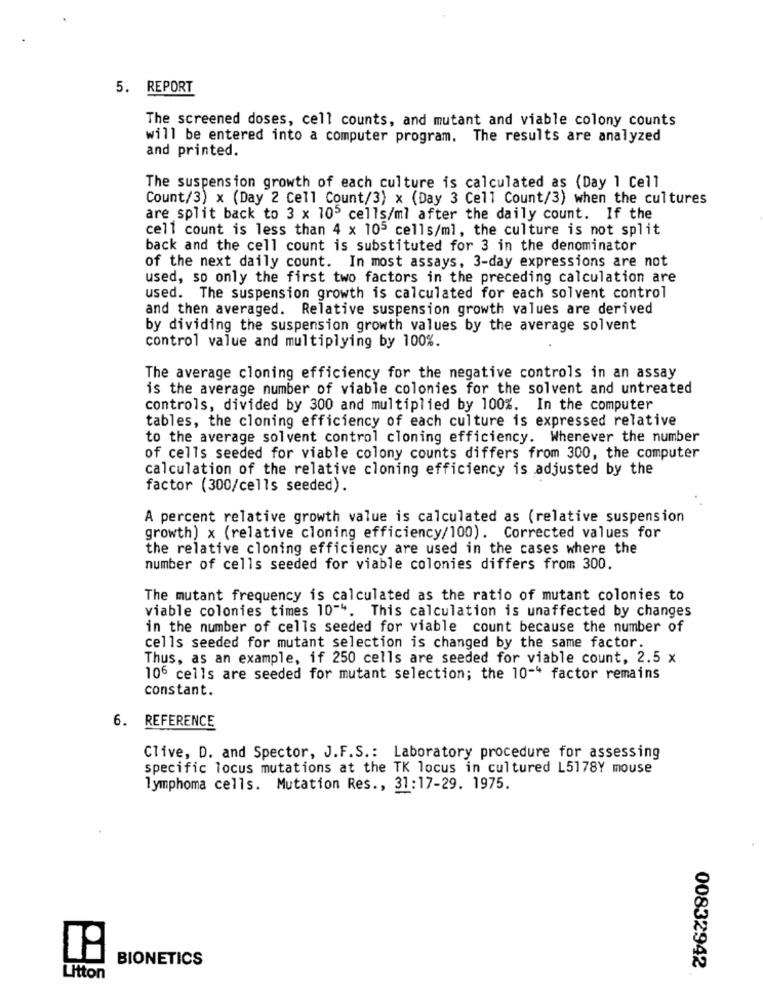
5. REPORT
The screened doses, cell counts, and mutant and viable colony counts
will be entered into a computer program. The results are analyzed
and printed.
The suspension growth of each culture is calculated as (Day 1 Cell
Count/3) x (Day 2 Cell Count/3) x (Day 3 Cell Count/3) when the cultures
are split back to 3 x 105 cells/ml after the daily count. If the
cell count is less than 4 x 105 cells/ml, the culture is not split
back and the cell count is substituted for 3 in the denominator
of the next daily count. In most assays, 3-day expressions are not
used, so only the first two factors in the preceding calculation are
used. The suspension growth is calculated for each solvent control
and then averaged. Relative suspension growth values are derived
by dividing the suspension growth values by the average solvent
control value and multiplying by 100%.
The average cloning efficiency for the negative controls in an assay
is the average number of viable colonies for the solvent and untreated
controls, divided by 300 and multiplied by 100%. In the computer
tables, the cloning efficiency of each culture is expressed relative
to the average solvent control cloning efficiency. Whenever the number
of cells seeded for viable colony counts differs from 300, the computer
calculation of the relative cloning efficiency is adjusted by the
factor (300/cells seeded).
A percent relative growth value is calculated as (relative suspension
growth) x (relative cloning efficiency/100). Corrected values for
the relative cloning efficiency are used in the cases where the
number of cells seeded for viable colonies differs from 300.
The mutant frequency is calculated as the ratio of mutant colonies to
viable colonies times 10"". This calculation is unaffected by changes
in the number of cells seeded for viable count because the number of
cells seeded for mutant selection is changed by the same factor.
Thus, as an example, if 250 cells are seeded for viable count, 2.5 x
106 cells are seeded for mutant selection; the 10 -* factor remains
constant.
6. REFERENCE
Clive, D. and Spector, J.F.S .: Laboratory procedure for assessing
specific locus mutations at the TK locus in cultured L5178Y mouse
lymphoma cells. Mutation Res ., 31:17-29. 1975.
BIONETICS
00832942
Litton